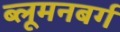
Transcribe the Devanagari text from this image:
ब्लूमनबर्ग